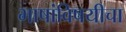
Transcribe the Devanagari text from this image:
भाषांविषयीचा